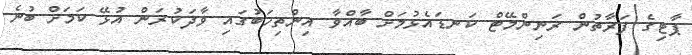
ޕާޓިގެ ފަރާތުން ރަނިންމޭޓް ކަނޑައެޅުމަށް ބާއްވާ އިންތިހަބުގައި ވާދަކުރަން އުޅޭ ކަމަށް ބުނެ